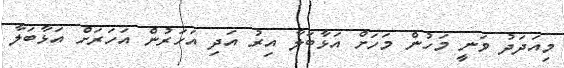
މިއަދަދު ވަނީ މަހުން މަހަށް އަޅާބަލާ އިރު އަދި އަހަރުން އަހަރަށް އަޅާބަލާ